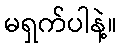
မရှက်ပါနဲ့။